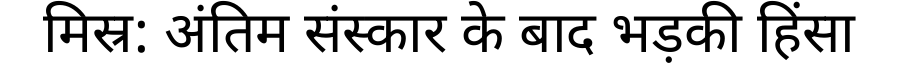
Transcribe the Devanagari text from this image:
मिस्र: अंतिम संस्कार के बाद भड़की हिंसा